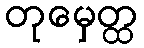
တုမှေတ္ထ